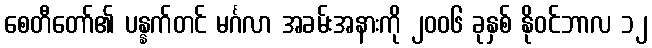
စေတီတော်၏ ပန္နက်တင် မင်္ဂလာ အခမ်းအနားကို ၂၀၀၆ ခုနှစ် နိုဝင်ဘာလ ၁၂